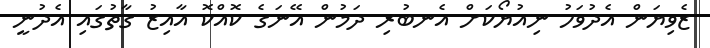
ޒެވިޔަން އެދުވަހު ނިއުޔޯކަށް އެނބުރި ދަމުން އޭނަގެ ކޮއްކޮ އާއިޒު ގާތުގައި އެދުނީ